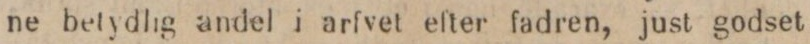
ne betydlig andel i arfvet efter fadren, just godset